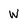
Character: W